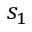
s _ { 1 }